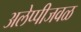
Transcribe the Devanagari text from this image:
अलेप्पीजवळ